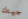
جبهتك